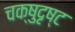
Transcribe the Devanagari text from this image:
चक्षुदृष्ट